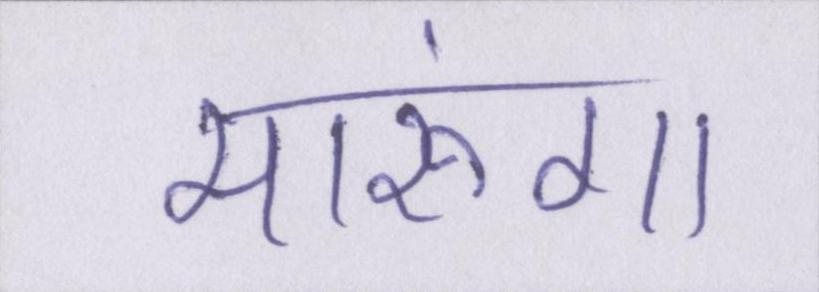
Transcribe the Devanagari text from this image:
मारूंगा